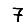
Digit: 7